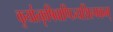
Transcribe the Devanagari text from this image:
कुर्यात्कृषिवाणिज्यशिल्पकम्